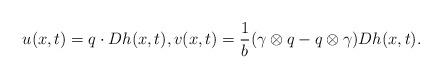
LaTeX: \begin{align*}u(x,t)= q\cdot Dh(x,t), v(x,t)=\frac{1}{b}(\gamma\otimes q-q\otimes \gamma)Dh(x,t).\end{align*}